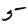
Digit: 5